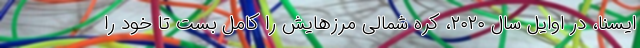
ایسنا، در اوایل سال ۲۰۲۰، کره شمالی مرزهایش را کامل بست تا خود را